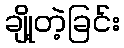
ချို့တဲ့ခြင်း